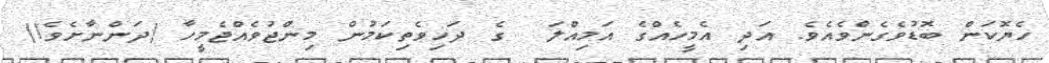
ހެޔޮކަން ބޮޑުވެގެންވެއެވެ. އަދި އެމީހެއްގެ އަމިއްލަ  ގެ ދަހިވެތިކަމުން މިންޖުވެއްޖެމީހާ (ދަންނާށެވެ!)